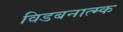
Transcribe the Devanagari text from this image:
विडबनात्म्क